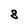
Character: 8